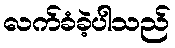
လက်ခံခဲ့ပါသည်